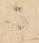
ニ